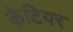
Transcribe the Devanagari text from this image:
केटियर